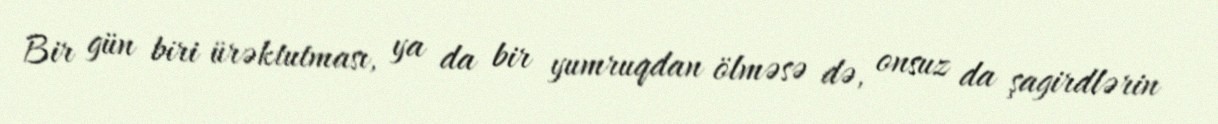
Bir gün biri ürəktutması, ya da bir yumruqdan ölməsə də, onsuz da şagirdlərin